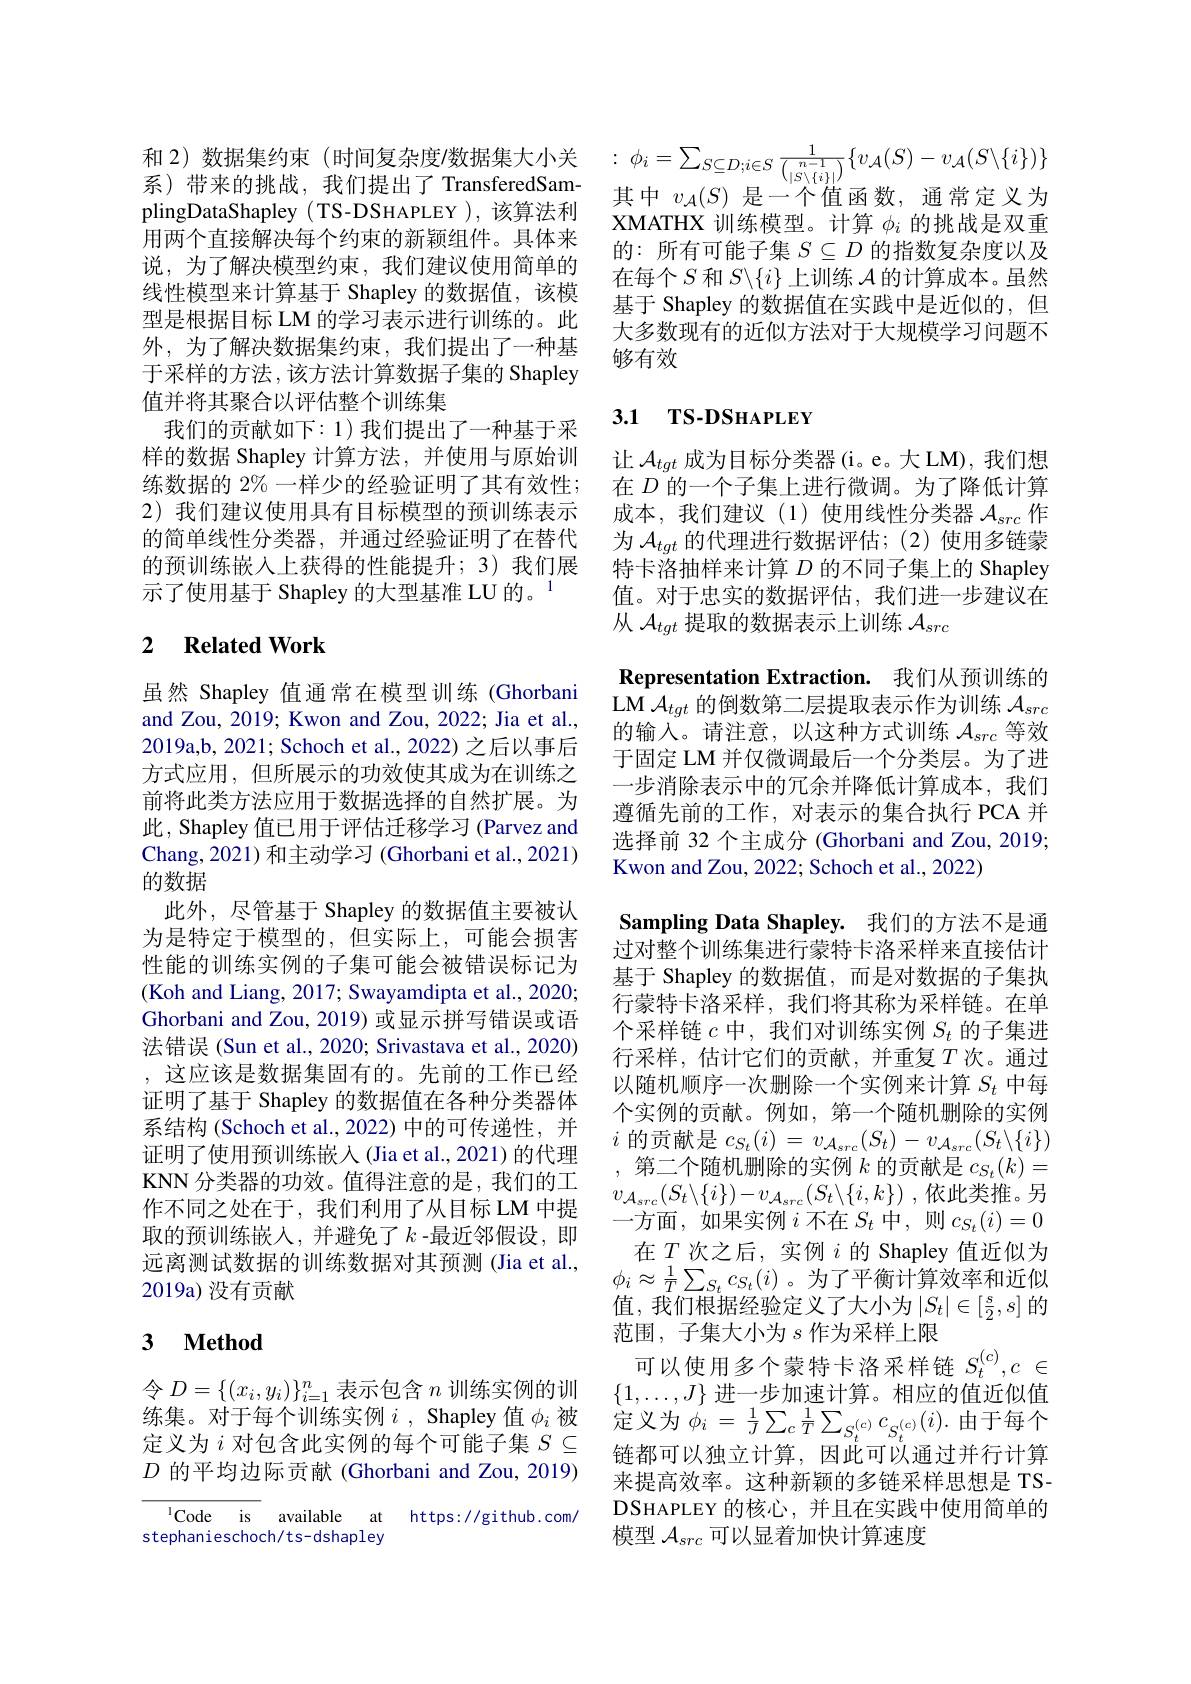
和 2)数据集约束(时间复杂度/数据集大小关
系)带来的挑战，我们提出了 TransferedSamplingDataShapley( TS-DSHAPLEY ), 该算法利用两个直接解决每个约束的新颖组件。具体来说，为了解决模型约束，我们建议使用简单的线性模型来计算基于 Shapley 的数据值，该模型是根据目标 LM 的学习表示进行训练的。此外，为了解决数据集约束，我们提出了一种基于采样的方法，该方法计算数据子集的 Shapley 值并将其聚合以评估整个训练集
我们的贡献如下：1)我们提出了一种基于采样的数据 Shapley 计算方法，并使用与原始训练数据的 2% 一样少的经验证明了其有效性； 2) 我们建议使用具有目标模型的预训练表示的简单线性分类器，并通过经验证明了在替代的预训练嵌入上获得的性能提升；3)我们展示了使用基于 Shapley 的大型基准 LU 的。$^{1}$

## 2 $\textbf{Related Work}$

虽然 Shapley 值通常在模型训练 (Ghorbani and Zou, 2019; Kwon and Zou, 2022; Jia et al., 2019a,b, 2021; Schoch et al., 2022) 之后以事后方式应用，但所展示的功效使其成为在训练之前将此类方法应用于数据选择的自然扩展。为此，Shapley 值已用于评估迁移学习 (Parvez and Chang, 2021) 和主动学习 (Ghorbani et al., 2021) 的数据
此外，尽管基于 Shapley 的数据值主要被认为是特定于模型的，但实际上，可能会损害性能的训练实例的子集可能会被错误标记为(Koh and Liang, 2017; Swayamdipta et al., 2020; Ghorbani and Zou, 2019) 或显示拼写错误或语法错误 (Sun et al., 2020; Srivastava et al., 2020) ,这应该是数据集固有的。先前的工作已经证明了基于 Shapley 的数据值在各种分类器体系结构 (Schoch et al.,2022) 中的可传递性，并证明了使用预训练嵌入(Jia et al., 2021) 的代理KNN 分类器的功效。值得注意的是，我们的工作不同之处在于，我们利用了从目标 LM 中提取的预训练嵌入，并避免了$k$ -最近邻假设，即远离测试数据的训练数据对其预测 (Jia et al., 2019a) 没有贡献

# 3 $\textbf{Method}$

令$D=\{(x_i,y_i)\}_{i=1}^n$表示包含$n$训练实例的训练集。对于每个训练实例$i$, Shapley 值 $\phi_i$ 被定义为$i$对包含此实例的每个可能子集$S\subseteq$ $D$的平均边际贡献 (Ghorbani and Zou, 2019)

$^{\mathrm{l}}$Code is available at https://github.com,
stephanieschoch/ts-dshapley
$$\phi_i=\sum_{S\subseteq D;i\in S}\frac{1}{\binom{n-1}{|S\setminus\{i\}|}}\{v_{\mathcal{A}}(S)-v_{\mathcal{A}}(S\backslash\{i\})\}$$
其中$v_\mathcal{A}(S)$是一个值函数，通常定义为XMATHX 训练模型。计算$\phi_i$的挑战是双重的：所有可能子集$S\subseteq D$的指数复杂度以及在每个$S$和$S\backslash\{i\}$上训练$\mathcal{A}$的计算成本。虽然基于 Shapley 的数据值在实践中是近似的，但大多数现有的近似方法对于大规模学习问题不够有效

### 3.1 TS-DSHAPLEY

让$\mathcal{A}_{tgt}$成为目标分类器(i。e。大 LM),我们想在$D$的一个子集上进行微调。为了降低计算成本，我们建议(1)使用线性分类器$\mathcal{A}_src$作为$\mathcal{A}_{tgt}$的代理进行数据评估；(2)使用多链蒙特卡洛抽样来计算$D$的不同子集上的 Shapley 值。对于忠实的数据评估，我们进一步建议在从$\mathcal{A}_{tgt}$提取的数据表示上训练$\mathcal{A}_src$

Representation Extraction. 我们从预训练的LM $\mathcal{A}_{tgt}$的倒数第二层提取表示作为训练$\mathcal{A}_src$ 的输入。请注意，以这种方式训练$\mathcal{A}_src$等效于固定 LM 并仅微调最后一个分类层。为了进一步消除表示中的冗余并降低计算成本，我们遵循先前的工作，对表示的集合执行 PCA 并选择前 32 个主成分 (Ghorbani and Zou, 2019; Kwon and Zou, 2022; Schoch et al., 2022)
Sampling Data Shapley. 我们的方法不是通过对整个训练集进行蒙特卡洛采样来直接估计基于 Shapley 的数据值，而是对数据的子集执行蒙特卡洛采样，我们将其称为采样链。在单个 采 样 链 $c$ 中 , 我 们 对 训 练 实 例 $S_t$ 的 子 集 进 行 采 样 , 估 计 它 们 的 贡 献 , 并 重 复 $T$ 次 。通 过以随机顺序一次删除一个实例来计算$S_t$中每个实例的贡献。例如，第一个随机删除的实例$i$的贡献是$c_S_t(i)=v_{\mathcal{A}_{src}}(S_t)-v_{\mathcal{A}_{src}}(S_t\backslash\{i\})$ ,第二个随机删除的实例$k$的贡献是$c_S_t(k)=$ $v_{\mathcal{A}_{src}}(S_{t}\backslash\{i\})-v_{\mathcal{A}_{src}}(S_{t}\backslash\{i,k\})$,依此类推。另一方面，如果实例$i$不在$S_t$中，则$c_S_t(i)=0$ 在$T$次之后，实例 $i$ 的 Shapley 值近似为
$\phi_i\approx\frac1T\sum_{S_t}c_{S_t}(i)$。为了平衡计算效率和近似$\vec{\text{值，我们根据经验定义了大小为}}\left|S_t\right|\in\left[\frac s2,s\right]$的范围，子集大小为$s$ 作为采样上限
可以使用多个蒙特卡洛采样链$S_t^{(c)},c\in$ $\{1,\ldots,J\}$进一步加速计算。相应的值近似值定义为$\phi _i$ = $\frac 1J\sum _{c}\frac 1T\sum _{S_{t}^{( c) }}c_{S_{t}^{( c) }}( i) .$由于每个链都可以独立计算，因此可以通过并行计算来提高效率。这种新颖的多链采样思想是 TSDSHAPLEY的核心，并且在实践中使用简单的模型$\mathcal{A}_{src}$可以显着加快计算速度